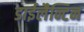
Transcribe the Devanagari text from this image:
डाईलैन्टिन